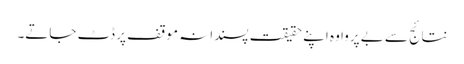
نتائج سے بے پروا وہ اپنے حقیقت پسندانہ موقف پر ڈٹ جاتے۔